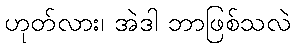
ဟုတ်လား၊ အဲဒါ ဘာဖြစ်သလဲ